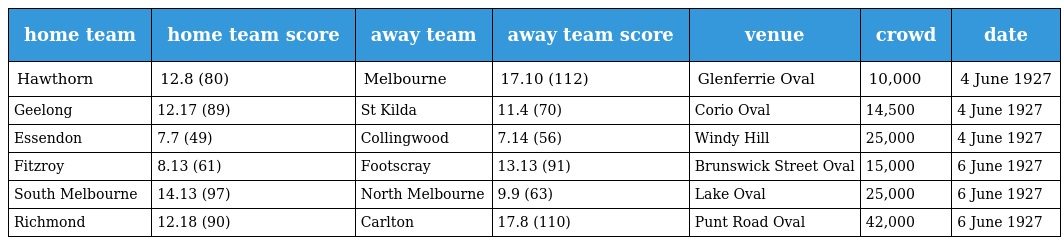
| home team | home team score | away team | away team score | venue | crowd | date |
 | --- | --- | --- | --- | --- | --- | --- |
 | Hawthorn | 12.8 (80) | Melbourne | 17.10 (112) | Glenferrie Oval | 10,000 | 4 June 1927 |
 | Geelong | 12.17 (89) | St Kilda | 11.4 (70) | Corio Oval | 14,500 | 4 June 1927 |
 | Essendon | 7.7 (49) | Collingwood | 7.14 (56) | Windy Hill | 25,000 | 4 June 1927 |
 | Fitzroy | 8.13 (61) | Footscray | 13.13 (91) | Brunswick Street Oval | 15,000 | 6 June 1927 |
 | South Melbourne | 14.13 (97) | North Melbourne | 9.9 (63) | Lake Oval | 25,000 | 6 June 1927 |
 | Richmond | 12.18 (90) | Carlton | 17.8 (110) | Punt Road Oval | 42,000 | 6 June 1927 |